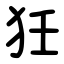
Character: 狅